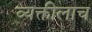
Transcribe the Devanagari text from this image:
व्यक्तीलाच